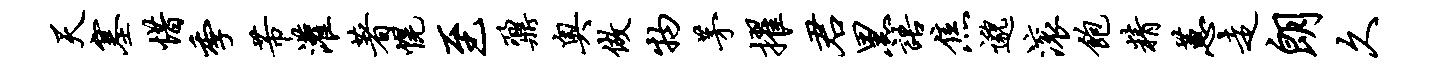
天塞惜季芾灌著幌至鼐奥做物茅擢君黑语焦邈滚饱精蕙走朗久